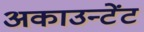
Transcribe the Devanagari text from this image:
अकाउन्टेंट